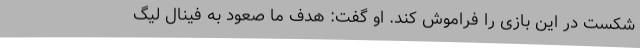
شکست در این بازی را فراموش کند. او گفت: هدف ما صعود به فینال لیگ